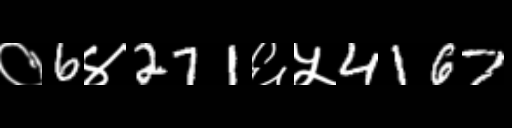
Text: ०6४271६५4167